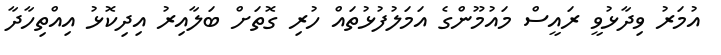
އުމަރު ވިދާޅުވީ ރައީސް މައުމޫންގެ އަމަލުފުޅުތައް ހުރި ގޮތަށް ބަލާއިރު އިދިކޮޅު އިއްތިހާދާ